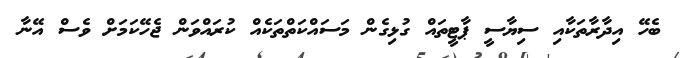
ބެހޭ އިދާރާތަކާއި ސިޔާސީ ޕާޓީތައް ގުޅިގެން މަސައްކަތްތަކެއް ކުރައްވަން ޖެހޭކަމަށް ވެސް އޭނާ